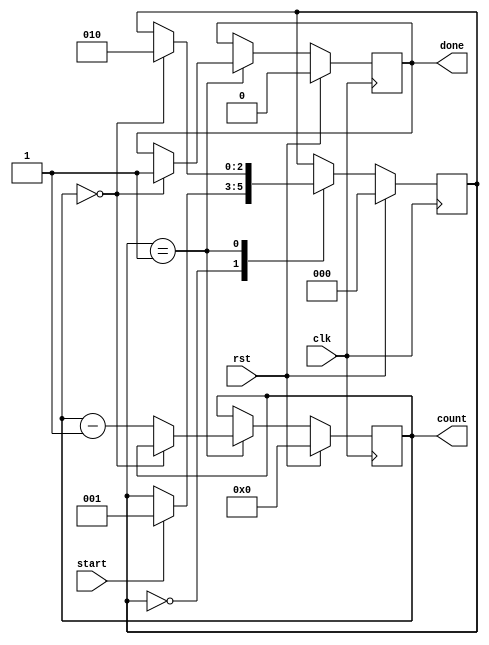
module countdown_timer(
  input wire clk,       // Clock input
  input wire rst,       // Reset input
  input wire start,     // Start counting input
  output reg done,      // Done signal output
  output reg [7:0] count // Countdown value output
);

reg [2:0] state;        // State machine for timing control

always @ (posedge clk) begin
  if (rst) begin
    state <= 3'b000;    // Reset state machine
    count <= 8'b00000000; // Reset countdown value
    done <= 1'b0;       // Reset done signal
  end else begin
    case (state)
      3'b000: begin // Idle state
        if (start) begin
          state <= 3'b001; // Move to countdown state
        end
      end
      3'b001: begin // Countdown state
        if (count == 8'b00000000) begin
          state <= 3'b010; // Move to done state
          done <= 1'b1;  // Set done signal
        end else begin
          count <= count - 1; // Decrement countdown value
        end
      end
      3'b010: begin // Done state
        // Do nothing, wait for reset or start signal
      end
    endcase
  end
end

endmodule